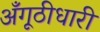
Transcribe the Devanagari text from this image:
अँगूठीधारी